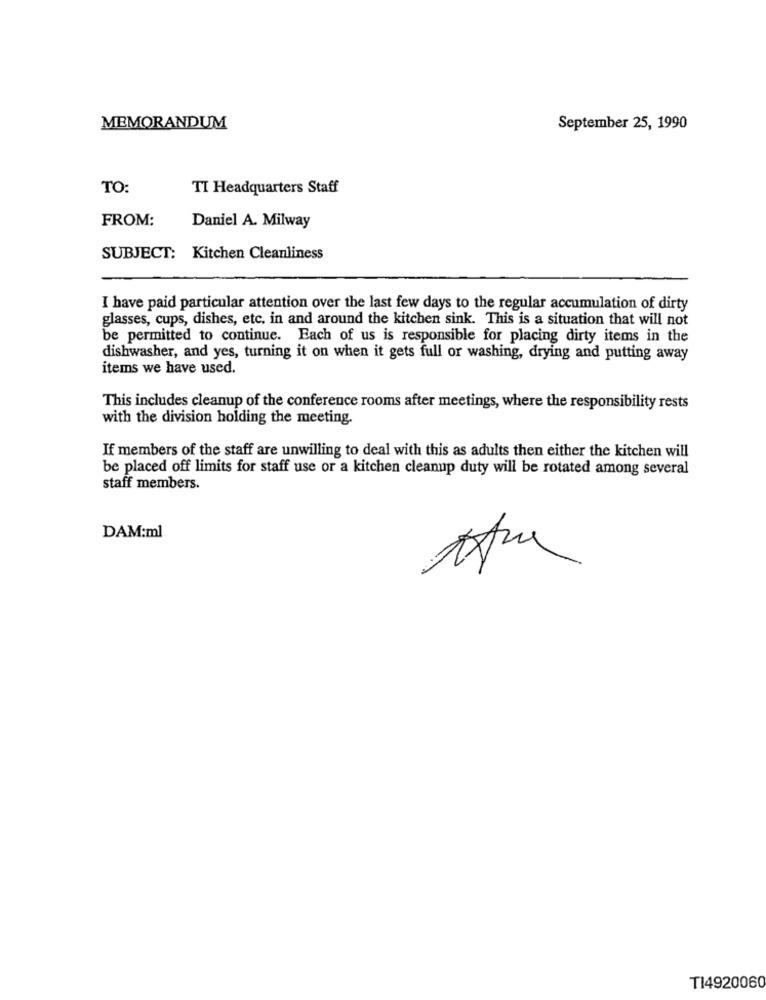
MEMORANDUM
September 25, 1990
TO:
TI Headquarters Staff
FROM:
Daniel A. Milway
SUBJECT: Kitchen Cleanliness
I have paid particular attention over the last few days to the regular accumulation of dirty
glasses, cups, dishes, etc. in and around the kitchen sink. This is a situation that will not
be permitted to continue. Each of us is responsible for placing dirty items in the
dishwasher, and yes, turning it on when it gets full or washing, drying and putting away
items we have used.
This includes cleanup of the conference rooms after meetings, where the responsibility rests
with the division holding the meeting.
If members of the staff are unwilling to deal with this as adults then either the kitchen will
be placed off limits for staff use or a kitchen cleanup duty will be rotated among several
staff members.
DAM:ml
TI4920060